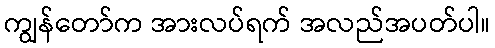
ကျွန်တော်က အားလပ်ရက် အလည်အပတ်ပါ။